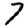
Digit: 7